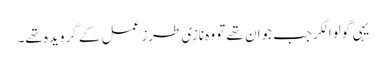
یہی گولوالکرجب جوان تھے تو وہ نازی طرزِ عمل کے گرویدہ تھے۔